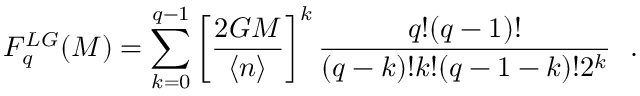
F _ { q } ^ { L G } ( M ) = \sum _ { k = 0 } ^ { q - 1 } \left[ \frac { 2 G M } { \langle n \rangle } \right] ^ { k } \frac { q ! ( q - 1 ) ! } { ( q - k ) ! k ! ( q - 1 - k ) ! 2 ^ { k } } \ \ .